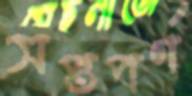
সপ্তপর্ণ